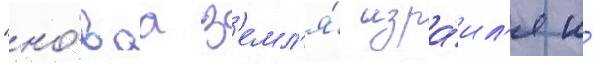
"но́ваа з'емл'я́ изра́ил'я и́